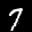
Label: 7